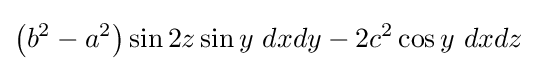
\left(b^{2}-a^{2}\right)\sin {2z}\sin {y}\ dxdy-2c^{2}\cos {y}\ dxdz